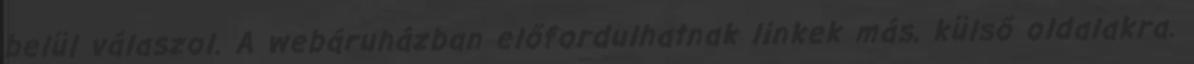
belül válaszol. A webáruházban előfordulhatnak linkek más, külső oldalakra.